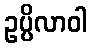
ဥပ္ပိလာဝါ